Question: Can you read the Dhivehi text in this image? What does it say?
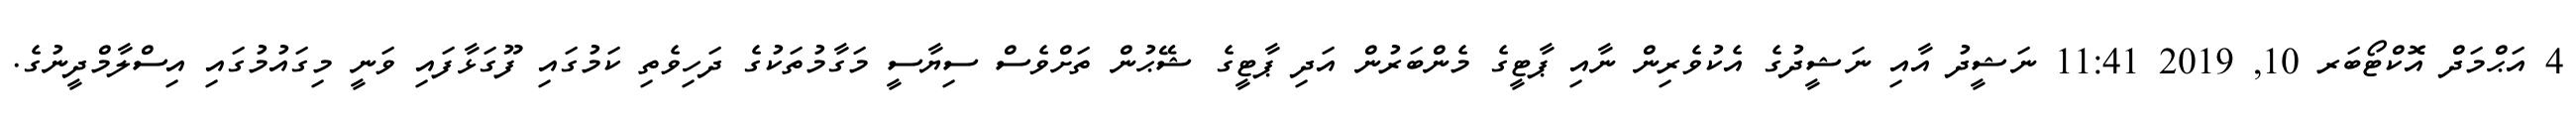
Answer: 4 އަޙްމަދް އޮކްޓޯބަރ 10, 2019 11:41 ނަޝީދު އާއި ނަޝީދުގެ އެކުވެރިން ނާއި ޕާޓީގެ މެންބަރުން އަދި ޕާޓީގެ ޝޭޙުން ތަށްވެސް ސިޔާސީ މަގާމުތަކުގެ ދަހިވެތި ކަމުގައި ފޫގަޅާފައި ވަނީ މިގައުމުގައި އިސްލާމްދީނުގެ.